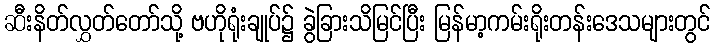
ဆီးနိတ်လွှတ်တော်သို့ ဗဟိုရုံးချုပ်၌ ခွဲခြားသိမြင်ပြီး မြန်မာ့ကမ်းရိုးတန်းဒေသများတွင်